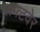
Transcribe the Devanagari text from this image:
सफ्टवेर